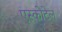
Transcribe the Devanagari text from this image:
एस्कोटेल